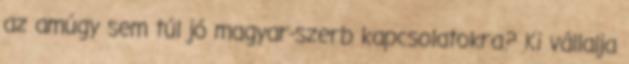
az amúgy sem túl jó magyar-szerb kapcsolatokra? Ki vállalja